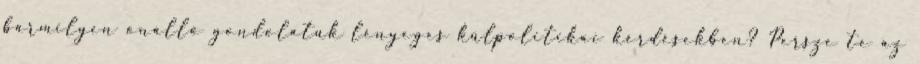
bármilyen önálló gondolatuk lényeges külpolitikai kérdésekben? Persze te az